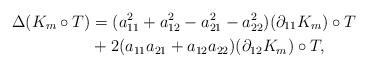
LaTeX: \begin{align*}\Delta ( K_m \circ T) &= (a_{11}^2 +a_{12}^2 -a_{21}^2 -a_{22}^2) (\partial_{11} K_m) \circ T \\& + 2 (a_{11} a_{21} +a_{12} a_{22}) (\partial_{12} K_m) \circ T,\end{align*}